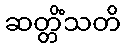
ဆတ္တိံသတိ